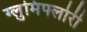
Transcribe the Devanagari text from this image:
ग्लुमिफ्लोरी